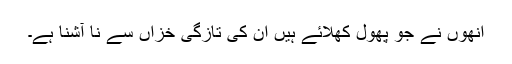
انھوں نے جو پھول کھلائے ہیں ان کی تازگی خزاں سے نا آشنا ہے۔